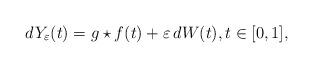
LaTeX: \begin{align*}dY_{\varepsilon}(t) = g \star f (t) + \varepsilon\, dW(t ), t \in [0,1], \end{align*}